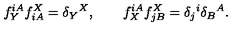
f _ { Y } ^ { i A } f _ { i A } ^ { X } = \delta _ { Y } { } ^ { X } , \qquad f _ { X } ^ { i A } f _ { j B } ^ { X } = \delta _ { j } { } ^ { i } \delta _ { B } { } ^ { A } .